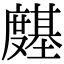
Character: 𭐊